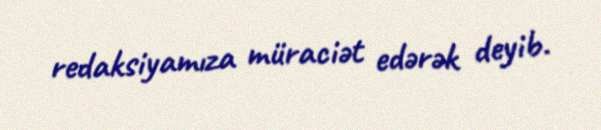
redaksiyamıza müraciət edərək deyib.